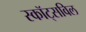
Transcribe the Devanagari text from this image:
स्कॉट्सविल